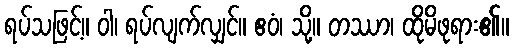
ရပ်သဖြင့်။ ဝါ၊ ရပ်လျက်လျှင်။ ဧဝံ၊ သို့။ တဿာ၊ ထိုမိဖုရား၏။